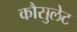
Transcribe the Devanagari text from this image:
कौसुलेट